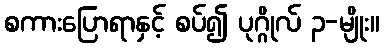
စကားပြောရာနှင့် စပ်၍ ပုဂ္ဂိုလ် ၃-မျိုး။